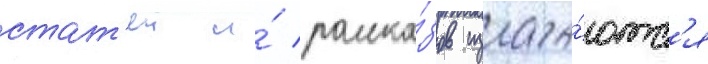
стат'еи и́ расска́зов излага́ютс'я